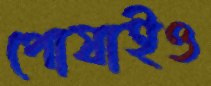
পোষাইও